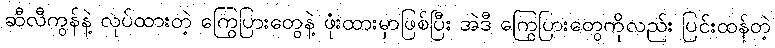
ဆီလီကွန်နဲ့ လုပ်ထားတဲ့ ကြွေပြားတွေနဲ့ ဖုံးထားမှာဖြစ်ပြီး အဲဒီ ကြွေပြားတွေကိုလည်း ပြင်းထန်တဲ့